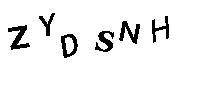
ZYDSNH